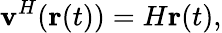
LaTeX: \textbf{v}^{H}(\textbf{r}(t))=H\textbf{r}(t),